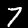
Label: 7